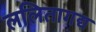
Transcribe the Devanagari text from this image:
ललितागद्य